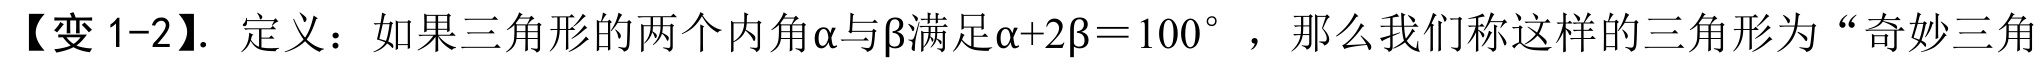
【变 1-2】. 定义：如果三角形的两个内角\(\alpha\)与\(\beta\)满足\(\alpha + 2\beta=100^{\circ}\) ，那么我们称这样的三角形为“奇妙三角